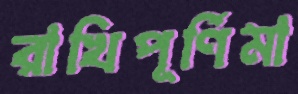
রাখিপূর্ণিমা